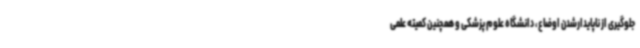
جلوگیری از ناپایدارشدن اوضاع، دانشگاه علوم پزشکی و همچنین کمیته علمی